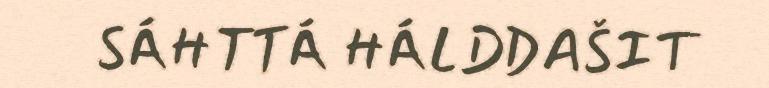
SÁHTTÁ HÁLDDAŠIT